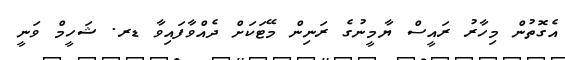
އެގޮތުން މިހާރު ރައީސް ޔާމީނުގެ ރަނިން މޭޓަކަށް ދެއްވާފައިވާ ޑރ. ޝަހީމް ވަނީ